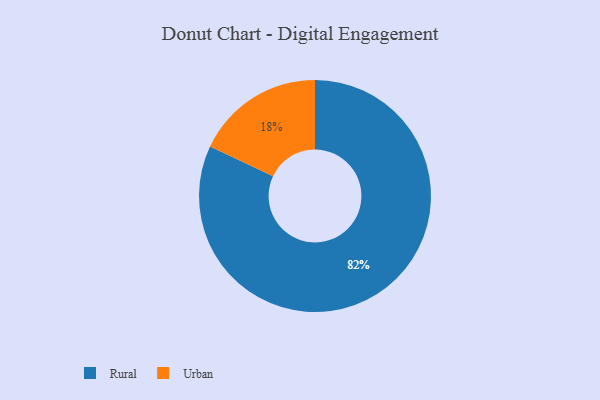
{"axis": {"x": "Category", "y": "Percentage"}, "legend": ["Rural", "Urban"], "data": [{"x": "Rural", "y": 82, "type": "Rural"}, {"x": "Urban", "y": 18, "type": "Urban"}]}